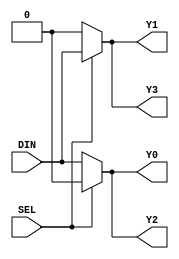
module demux (
    input wire SEL,
    input wire DIN,
    output reg Y0,
    output reg Y1,
    output reg Y2,
    output reg Y3
);

always @(*) begin
    Y0 = (SEL == 1'b0) ? DIN : 1'b0;
    Y1 = (SEL == 1'b1) ? DIN : 1'b0;
    Y2 = (!SEL) ? DIN : 1'b0;
    Y3 = (!SEL) ? 1'b0 : DIN;
end

endmodule